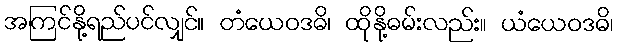
အကြင်နို့ရည်ပင်လျှင်။ တံယေဝဒဓိ၊ ထိုနို့ဓမ်းလည်း။ ယံယေဝဒဓိ၊